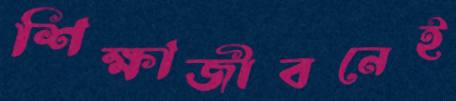
শিক্ষাজীবনেই